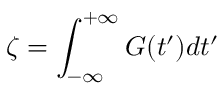
\zeta = \int _ { - \infty } ^ { + \infty } G ( t ^ { \prime } ) d t ^ { \prime }